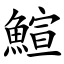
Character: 鰚